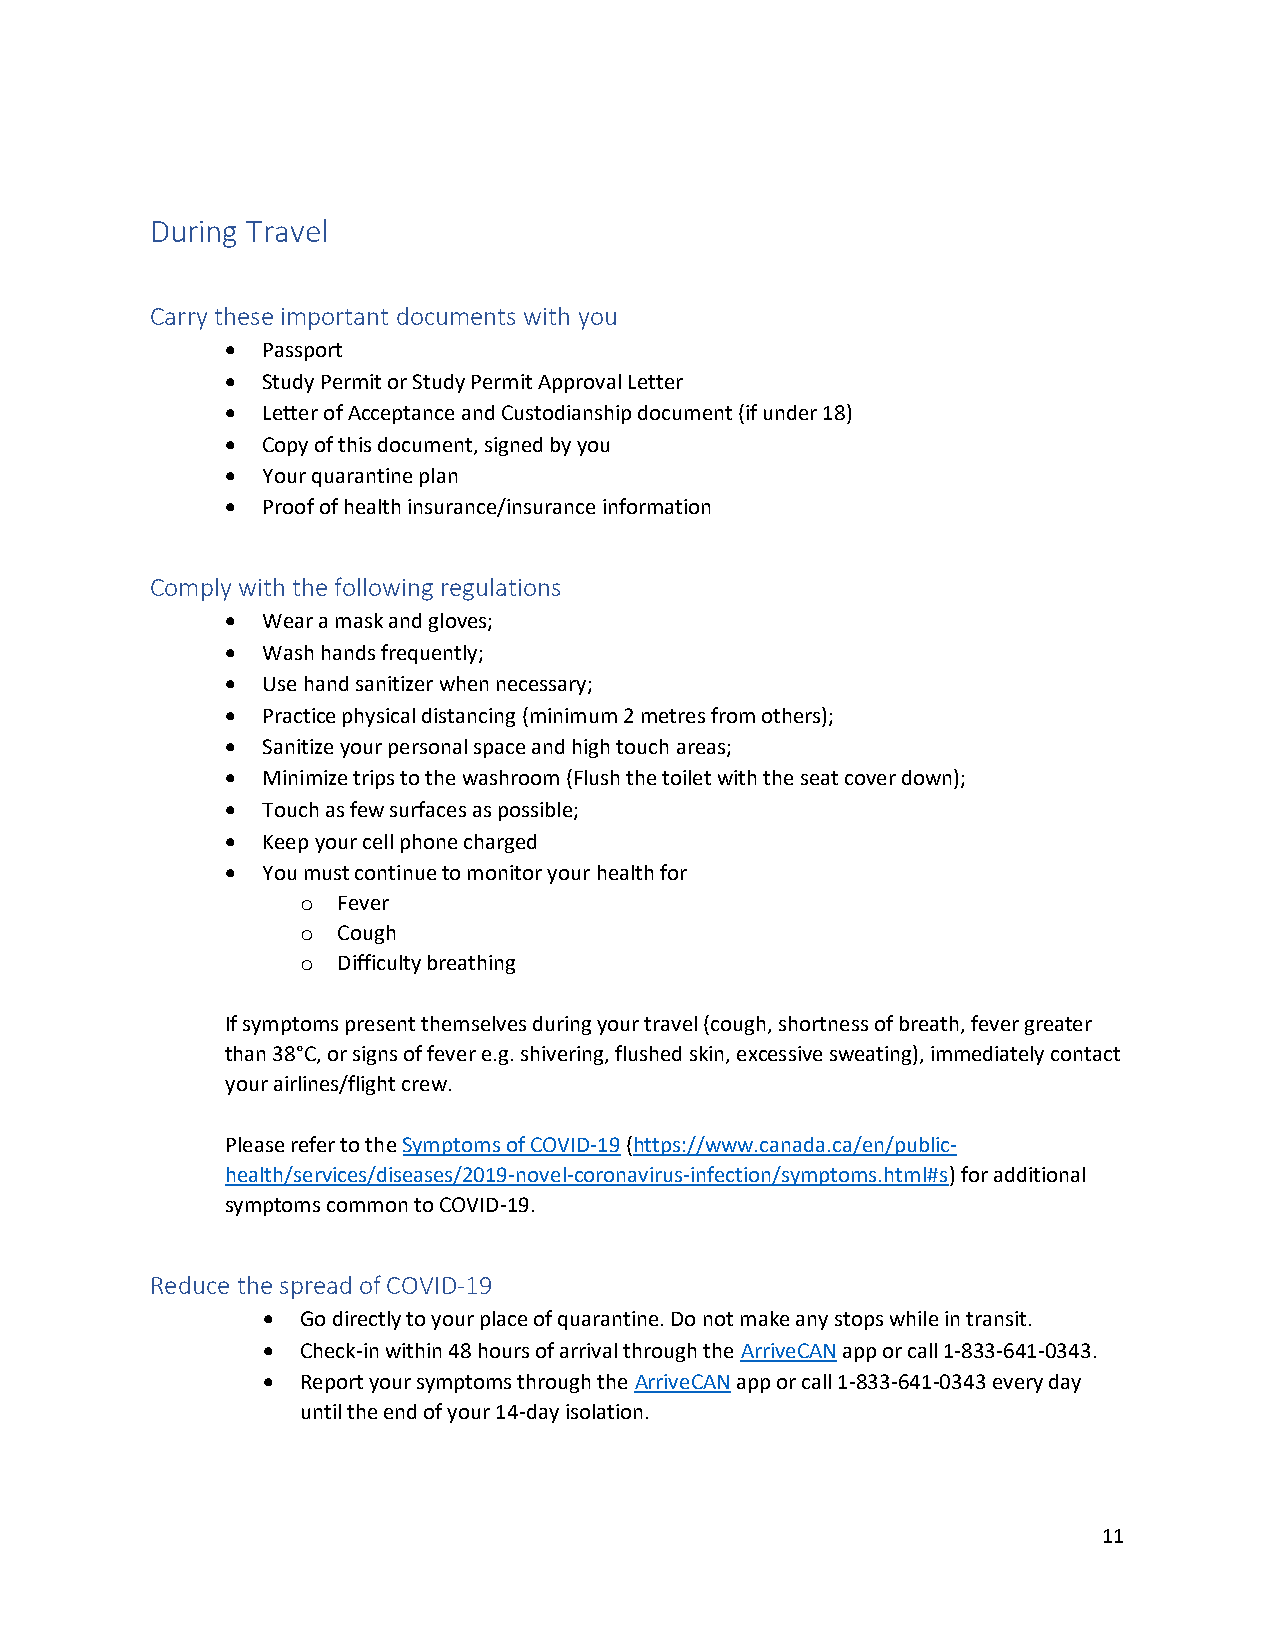
During Travel
 Carry these important documents with you
  Passport
  Study Permit or Study Permit Approval Letter
  Letter of Acceptance and Custodianship document (if under 18)
  Copy of this document, signed by you
  Your quarantine plan
  Proof of health insurance/insurance information
 Comply with the following regulations
  Wear a mask and gloves;
  Wash hands frequently;
  Use hand sanitizer when necessary;
  Practice physical distancing (minimum 2 metres from others);
  Sanitize your personal space and high touch areas;
  Minimize trips to the washroom (Flush the toilet with the seat cover down);
  Touch as few surfaces as possible;
  Keep your cell phone charged
  You must continue to monitor your health for
 o Fever
 o Cough
 o Difficulty breathing
 If symptoms present themselves during your travel (cough, shortness of breath, fever greater
 than 38°C, or signs of fever e.g. shivering, flushed skin, excessive sweating), immediately contact
 your airlines/flight crew.
 Please refer to the Symptoms of COVID-19 (https://www.canada.ca/en/public-
 health/services/diseases/2019-novel-coronavirus-infection/symptoms.html#s) for additional
 symptoms common to COVID-19.
 Reduce the spread of COVID-19
   Go directly to your place of quarantine. Do not make any stops while in transit.
   Check-in within 48 hours of arrival through the ArriveCAN app or call 1-833-641-0343.
   Report your symptoms through the ArriveCAN app or call 1-833-641-0343 every day
 until the end of your 14-day isolation.
 11